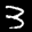
Label: 3